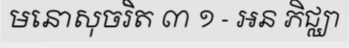
មនោសុចរិត ៣ ១ - អន ភិជ្ឈា